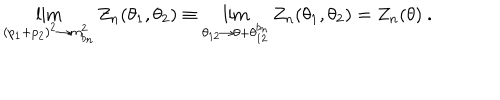
\lim _ { ( p _ { 1 } + p _ { 2 } ) ^ { 2 } \rightarrow m _ { b _ { n } } ^ { 2 } } Z _ { n } ( \theta _ { 1 } , \theta _ { 2 } ) \equiv \lim _ { \theta _ { 1 2 } \rightarrow \theta + \theta _ { 1 2 } ^ { b _ { n } } } Z _ { n } ( \theta _ { 1 } , \theta _ { 2 } ) = Z _ { n } ( \theta ) ~ .